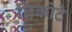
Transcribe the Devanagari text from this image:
तिकोटे